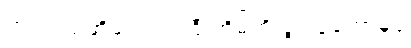
ကျင်ငယ်အိမ် ကျင်ကြီးအိမ်ကို ခွင့်ပြုတော်မူပုံ